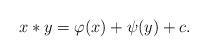
LaTeX: \begin{align*} x*y=\varphi(x)+\psi(y)+c.\end{align*}